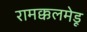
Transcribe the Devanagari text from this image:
रामक्कलमेडू